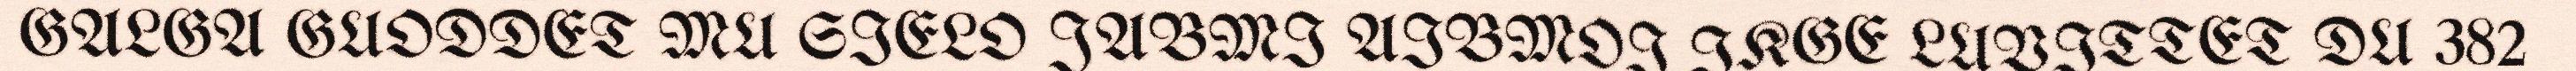
GALGA GUODDET MU SIELO JABMI AIBMOI IKGE LUVITTET DU 382